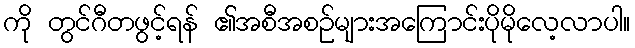
ကို တွင်ဂီတဖွင့်ရန် ၏အစီအစဉ်များအကြောင်းပိုမိုလေ့လာပါ။